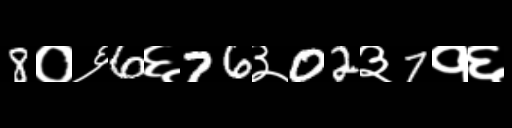
Text: 8०६6६76३02३7१६